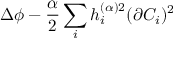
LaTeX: \Delta \phi - \frac { \alpha } { 2 } \sum _ { i } h _ { i } ^ { ( \alpha ) 2 } ( \partial C _ { i } ) ^ { 2 }